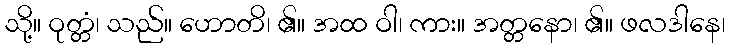
သို့။ ဝုတ္တံ၊ သည်။ ဟောတိ၊ ၏။ အထ ဝါ၊ ကား။ အတ္တနော၊ ၏။ ဖလဒါနေ၊